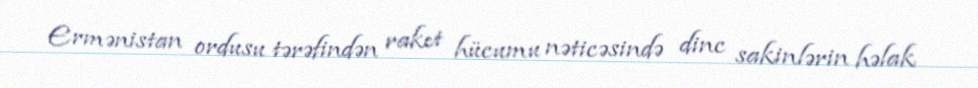
Ermənistan ordusu tərəfindən raket hücumu nəticəsində dinc sakinlərin həlak